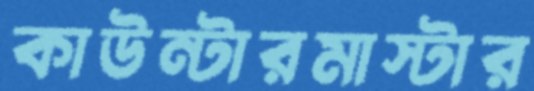
কাউন্টারমাস্টার